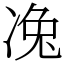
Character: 𠗟